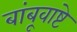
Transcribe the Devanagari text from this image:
बांबूवाष्टे